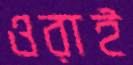
ওরাই